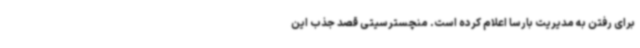
برای رفتن به مدیریت بارسا اعلام کرده است. منچسترسیتی قصد جذب این